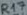
Text: R17